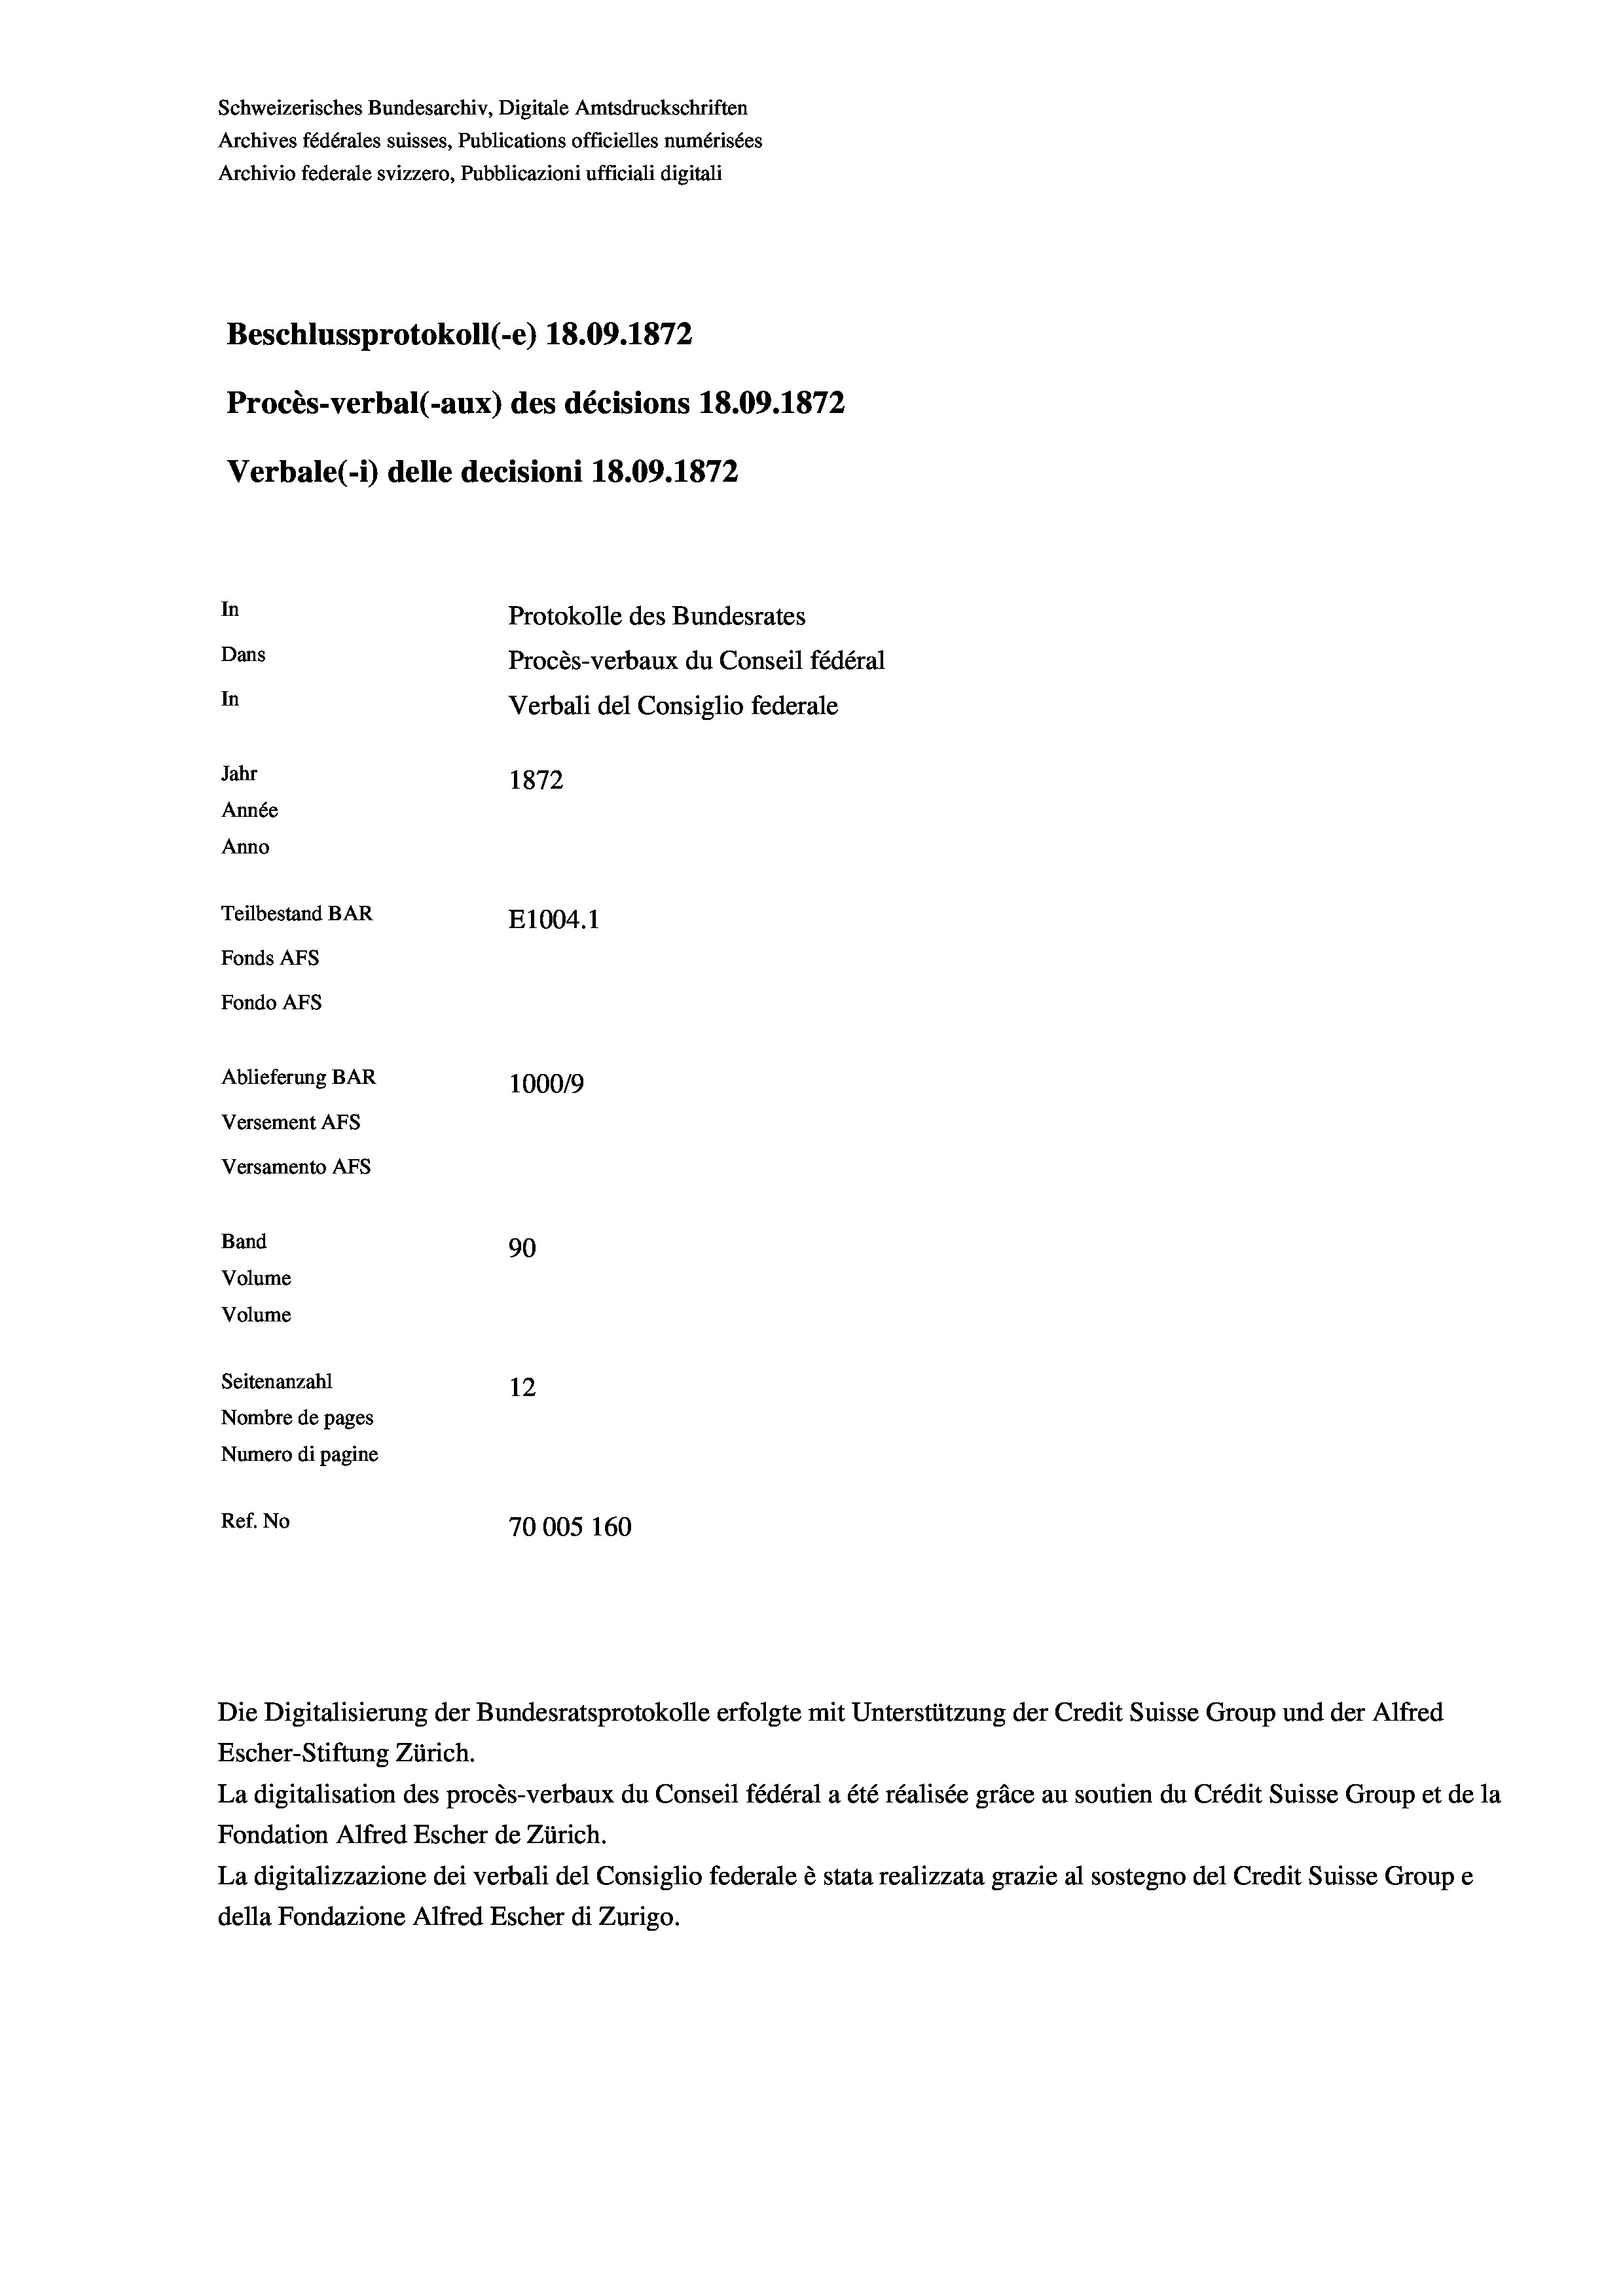
Schweizerisches Bundesarchiv, Digitale Amtsdruckschriften
Archives fédérales suisses, Publications officielles numérisées
Archivio federale svizzero, Pubblicazioni ufficiali digitali
Beschlussprotokoll (-e) 18.09. 1872
Procès-verbal (-aux) des décisions 18.09. 1872
Verbale (1) delle decisioni 18.09. 1872
In
Protokolle des Bundesrates
Dans
Procès-verbaux du Conseil fédéral
In
Verbali del Consiglio federale
Jahr
1872
Année
Anno
Teilbestand BAR
E1004.1
Fonds Afs
Fondo AFs
Ablieferung BAR
1000/9
Versement Abs
Versamento Afs
Band
90
Volume
Volume
Seitenanzahl
12
Nombre de pages
Numero di pagine
Ref. No
70005 160

Escher-Stiftung Zürich.
La digitalisation des procès-verbaux du Conseil fédéral a été réalisée gräce au soutien du Crédit Suisse Group et de la
Fondation Alfred Escher de Zürich.
La digitalizzazione dei verbali del Consiglio federale è stata realizzata grazie al sostegno del Credit Suisse Groupe
della Fondazione Alfred Escher di Zurigo.

Die Digitalisierung der Bundesratsprotokolle erfolgte mit Unterstützung der Credit Suisse Group und der Alfred